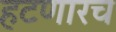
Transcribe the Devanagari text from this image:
हटणारच